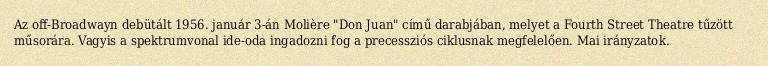
Az off-Broadwayn debütált 1956. január 3-án Molière "Don Juan" című darabjában, melyet a Fourth Street Theatre tűzött műsorára. Vagyis a spektrumvonal ide-oda ingadozni fog a precessziós ciklusnak megfelelően. Mai irányzatok.